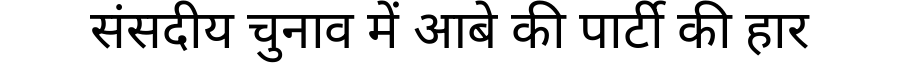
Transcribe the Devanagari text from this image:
संसदीय चुनाव में आबे की पार्टी की हार